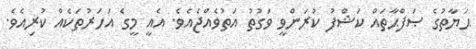
ޙަޔާތުގެ ޞަފްޙާތައް ކަޝްފު ކުރަންވީ ވަގުތު އަތުވެއްޖެއެވެ. އެއީ މީގެ އަހަރުތަކެއް ކުރިއެވެ.